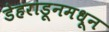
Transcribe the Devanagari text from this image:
डेहराडूनमधून